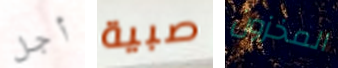
أجل صبية المخزون